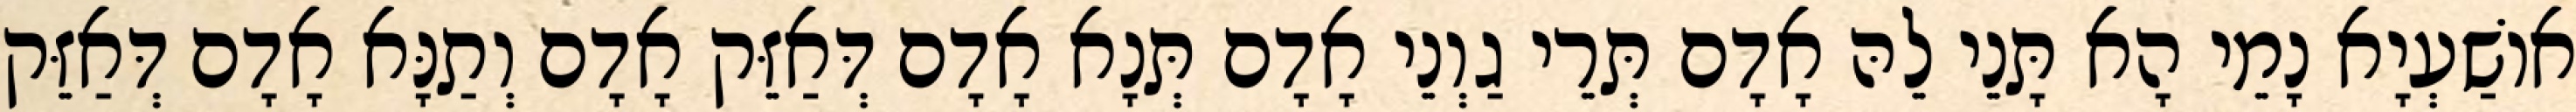
אוֹשַׁעְיָא נָמֵי הָא תָּנֵי לֵהּ אָדָם תְּרֵי גַוְנֵי אָדָם תְּנָא אָדָם דְּאַזֵּק אָדָם וְתַנָּא אָדָם דְּאַזֵּק